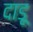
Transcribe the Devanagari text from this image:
दाडू